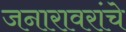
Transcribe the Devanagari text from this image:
जनारावरांचे